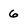
Character: 6